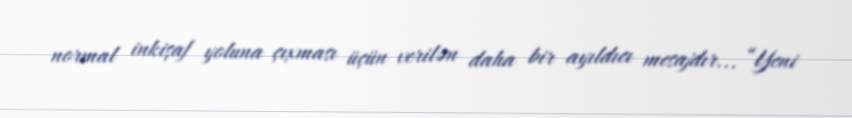
normal inkişaf yoluna çıxması üçün verilən daha bir ayıldıcı mesajdır... “Yeni